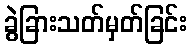
ခွဲခြားသတ်မှတ်ခြင်း